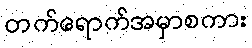
တက်ရောက်အမှာစကား